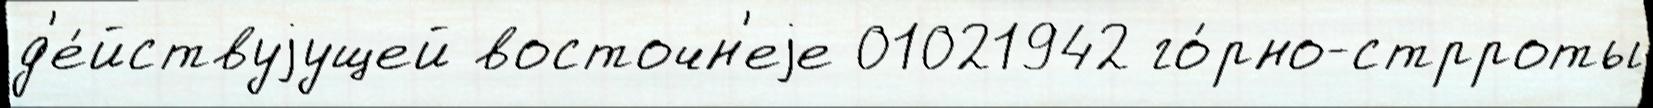
д'е́йствуjущей восточн'еjе 01021942 го́рно-стрроты